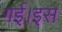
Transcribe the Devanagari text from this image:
गई।इस